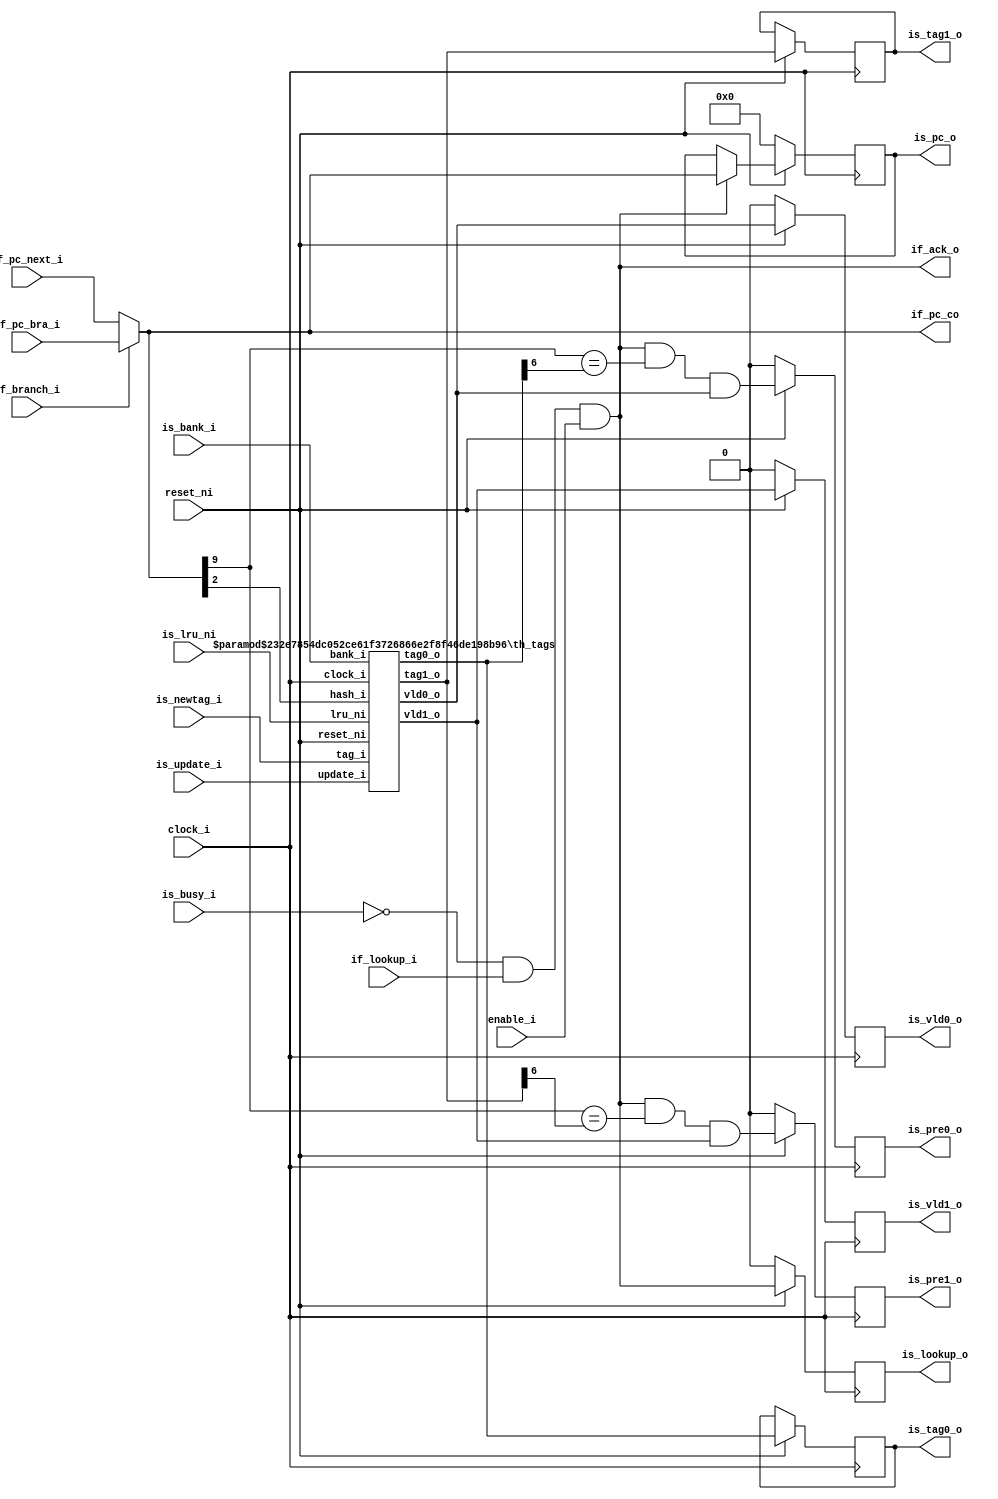
/***************************************************************************
 *                                                                         *
 *   th_ifetch.v - Typically the first stage of a pipelined CPU is a fetch *
 *     unit. This stage performs cache lookup and update and keeps track   *
 *     of the Program Counter (PC).                                        *
 *                                                                         *
 *   Copyright (C) 2008 by Patrick Suggate                                 *
 *   patrick@physics.otago.ac.nz                                           *
 *                                                                         *
 *   This program is free software; you can redistribute it and/or modify  *
 *   it under the terms of the GNU General Public License as published by  *
 *   the Free Software Foundation; either version 2 of the License, or     *
 *   (at your option) any later version.                                   *
 *                                                                         *
 *   This program is distributed in the hope that it will be useful,       *
 *   but WITHOUT ANY WARRANTY; without even the implied warranty of        *
 *   MERCHANTABILITY or FITNESS FOR A PARTICULAR PURPOSE.  See the         *
 *   GNU General Public License for more details.                          *
 *                                                                         *
 *   You should have received a copy of the GNU General Public License     *
 *   along with this program; if not, write to the                         *
 *   Free Software Foundation, Inc.,                                       *
 *   59 Temple Place - Suite 330, Boston, MA  02111-1307, USA.             *
 ***************************************************************************/

`define	__debug
`timescale 1ns/100ps
module th_ifetch (
	clock_i,
	reset_ni,
	enable_i,
	
	if_lookup_i,
	if_ack_o,
	if_branch_i,
	if_pc_co,	// NOTE: Medium-length combinatorial path
	if_pc_next_i,
	if_pc_bra_i,
	
	// The second stage is called Instruction fetch Second like the
	// MIPS-R04K, hence the `is' prefix.
	is_lookup_o,
	is_pc_o,
	is_pre0_o,	// Pre-calc to reduce work next stage
	is_tag0_o,
	is_vld0_o,
	is_pre1_o,
	is_tag1_o,
	is_vld1_o,
	is_busy_i,
	is_update_i,
	is_newtag_i,
	is_lru_ni,
	is_bank_i
);

parameter	PC_INIT		= 0;
parameter	INSTRUCTION	= 32;
parameter	ADDRESS		= 10;
parameter	DELAYSLOTS	= 2;

parameter	MSB	= INSTRUCTION - 1;
parameter	ASB	= ADDRESS - 1;
parameter	TSB	= ADDRESS - 4;

input		clock_i;
input		reset_ni;
input		enable_i;

input		if_lookup_i;
output		if_ack_o;
input		if_branch_i;
output	[ASB:0]	if_pc_co;
input	[ASB:0]	if_pc_next_i;
input	[ASB:0]	if_pc_bra_i;

output		is_lookup_o;
output	[ASB:0]	is_pc_o;
output		is_pre0_o;
output	[TSB:0]	is_tag0_o;
output		is_vld0_o;
output		is_pre1_o;
output	[TSB:0]	is_tag1_o;
output		is_vld1_o;
input		is_busy_i;
input		is_update_i;
input	[TSB:0]	is_newtag_i;
input		is_lru_ni;
input		is_bank_i;


reg	[TSB:0]	is_tag0_o;
reg	[TSB:0]	is_tag1_o;
reg	is_vld0_o	= 0;
reg	is_vld1_o	= 0;
reg	is_pre0_o	= 0;
reg	is_pre1_o	= 0;
reg	is_lookup_o	= 0;
reg	[ASB:0]	is_pc_o	= PC_INIT;

wire	[ASB:0]	pc;
wire	hash;
wire	[TSB:0]	tag1, tag0;
wire	vld1, vld0;
wire	pre1, pre0;


assign	#2 if_ack_o	= !is_busy_i && if_lookup_i && enable_i;
assign	if_pc_co	= pc;

assign	#2 pc	= if_branch_i ? if_pc_bra_i : if_pc_next_i ;
assign	hash	= pc [2];	// Simple 2-way cache tag bank calc.

assign	#2 pre0	= if_ack_o && (pc [ASB] == tag0 [TSB]) && vld0;
assign	#2 pre1	= if_ack_o && (pc [ASB] == tag1 [TSB]) && vld1;


always @(posedge clock_i)
	if (!reset_ni)	is_lookup_o	<= #2 0;
	else		is_lookup_o	<= #2 if_ack_o;

always @(posedge clock_i)
	if (!reset_ni)		is_pc_o	<= #2 PC_INIT;
	else if (if_ack_o)	is_pc_o	<= #2 pc;

always @(posedge clock_i)
	if (!reset_ni)	{is_vld1_o, is_vld0_o}	<= #2 0;
	else begin
		is_vld0_o	<= #2 vld0;
		is_vld1_o	<= #2 vld1;
		is_tag0_o	<= #2 tag0;
		is_tag1_o	<= #2 tag1;
	end

always @(posedge clock_i)
	if (!reset_ni)	{is_pre1_o, is_pre0_o}	<= #2 0;
	else begin
		is_pre0_o	<= #2 pre0;
		is_pre1_o	<= #2 pre1;
	end


th_tags #(
	.TAGSIZE	(ADDRESS-3),
	.TAGNUM		(2)
) TAGS0 (
	.clock_i	(clock_i),
	.reset_ni	(reset_ni),
	
	.update_i	(is_update_i),	// Update path
	.bank_i		(is_bank_i),
	.lru_ni		(is_lru_ni),
	.tag_i		(is_newtag_i),
	
	.hash_i		(hash),	// Lookup path
	.tag0_o		(tag0),
	.tag1_o		(tag1),
	.vld0_o		(vld0),
	.vld1_o		(vld1)
);


endmodule	// th_ifetch


module th_tags (
	clock_i,
	reset_ni,
	
	update_i,
	bank_i,
	lru_ni,
	tag_i,
	
	hash_i,
	tag0_o,
	tag1_o,
	vld0_o,
	vld1_o
);

parameter	TAGSIZE		= 7;
parameter	TAGNUM		= 2;		// Tags/bank
parameter	TAGLOG2NUM	= 1;

parameter	TSB	= TAGSIZE - 1;
parameter	LSB	= TAGLOG2NUM - 1;

input		clock_i;
input		reset_ni;

input		update_i;
input		bank_i;
input	[LSB:0]	lru_ni;
input	[TSB:0]	tag_i;

input		hash_i;
output	[TSB:0]	tag0_o;
output	[TSB:0]	tag1_o;
output		vld0_o;
output		vld1_o;


reg	[TSB:0]	tags0	[TAGNUM-1:0];
reg	[TSB:0]	tags1	[TAGNUM-1:0];
reg		vlds0	[TAGNUM-1:0];
reg		vlds1	[TAGNUM-1:0];


assign	#2 tag0_o	= tags0 [hash_i];
assign	#2 tag1_o	= tags1 [hash_i];
assign	#2 vld0_o	= vlds0 [hash_i];
assign	#2 vld1_o	= vlds1 [hash_i];


// Update tags depending on LRU and odd/even cache-line.
always @(posedge clock_i)
	if (update_i && !lru_ni)	tags0 [bank_i]	<= #2 tag_i;

always @(posedge clock_i)
	if (update_i && lru_ni)		tags1 [bank_i]	<= #2 tag_i;

// Mark as valid once entire line is fetched.
always @(posedge clock_i)
	if (!reset_ni)			vlds0 [bank_i]	<= #2 1'b0;
	else if (update_i && !lru_ni)	vlds0 [bank_i]	<= #2 1'b1;

always @(posedge clock_i)
	if (!reset_ni)			vlds1 [bank_i]	<= #2 1'b0;
	else if (update_i && lru_ni)	vlds1 [bank_i]	<= #2 1'b1;


endmodule	// th_tags